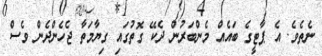
ނެތެވެ. އެ ޕާޓީގެ ބައެއް މެންބަރުން ދެކޭ ގޮތުގައި ގިޔާމަތާ ޖެހެންދެން ވެސް